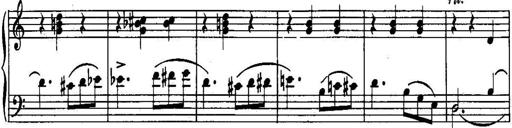
Title: Piano Sonatina No.1, Op.146
Composer: Stephen Heller